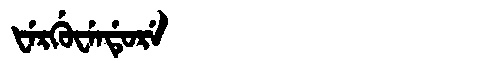
Manchu: ᡶᡝᡵᡤᡠᠸᡝᠨᡩᡠᡵᡝ
Romanization: FERGUWENDURE